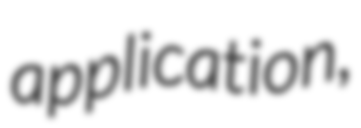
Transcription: application,